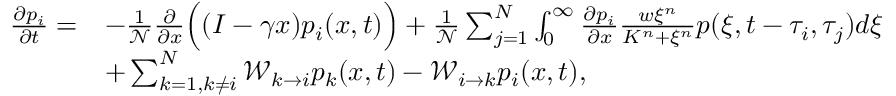
\begin{array} { r l } { \frac { \partial p _ { i } } { \partial t } = } & { - \frac { 1 } { \mathcal { N } } \frac { \partial } { \partial x } \Big ( ( I - \gamma x ) p _ { i } ( x , t ) \Big ) + \frac { 1 } { \mathcal { N } } \sum _ { j = 1 } ^ { N } \int _ { 0 } ^ { \infty } \frac { \partial p _ { i } } { \partial x } \frac { w \xi ^ { n } } { K ^ { n } + \xi ^ { n } } p ( \xi , t - \tau _ { i } , \tau _ { j } ) d \xi } \\ & { + \sum _ { k = 1 , k \neq i } ^ { N } \mathcal { W } _ { k \to i } p _ { k } ( x , t ) - \mathcal { W } _ { i \to k } p _ { i } ( x , t ) , } \end{array}